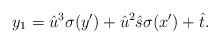
LaTeX: \begin{align*} y_1 = \hat{u}^3 \sigma(y') + \hat{u}^2 \hat{s} \sigma(x') + \hat{t}.\end{align*}